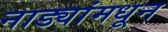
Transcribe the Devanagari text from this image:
नाड्यांमधून